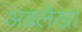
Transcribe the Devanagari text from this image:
अग्रलेखा